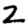
Digit: 2